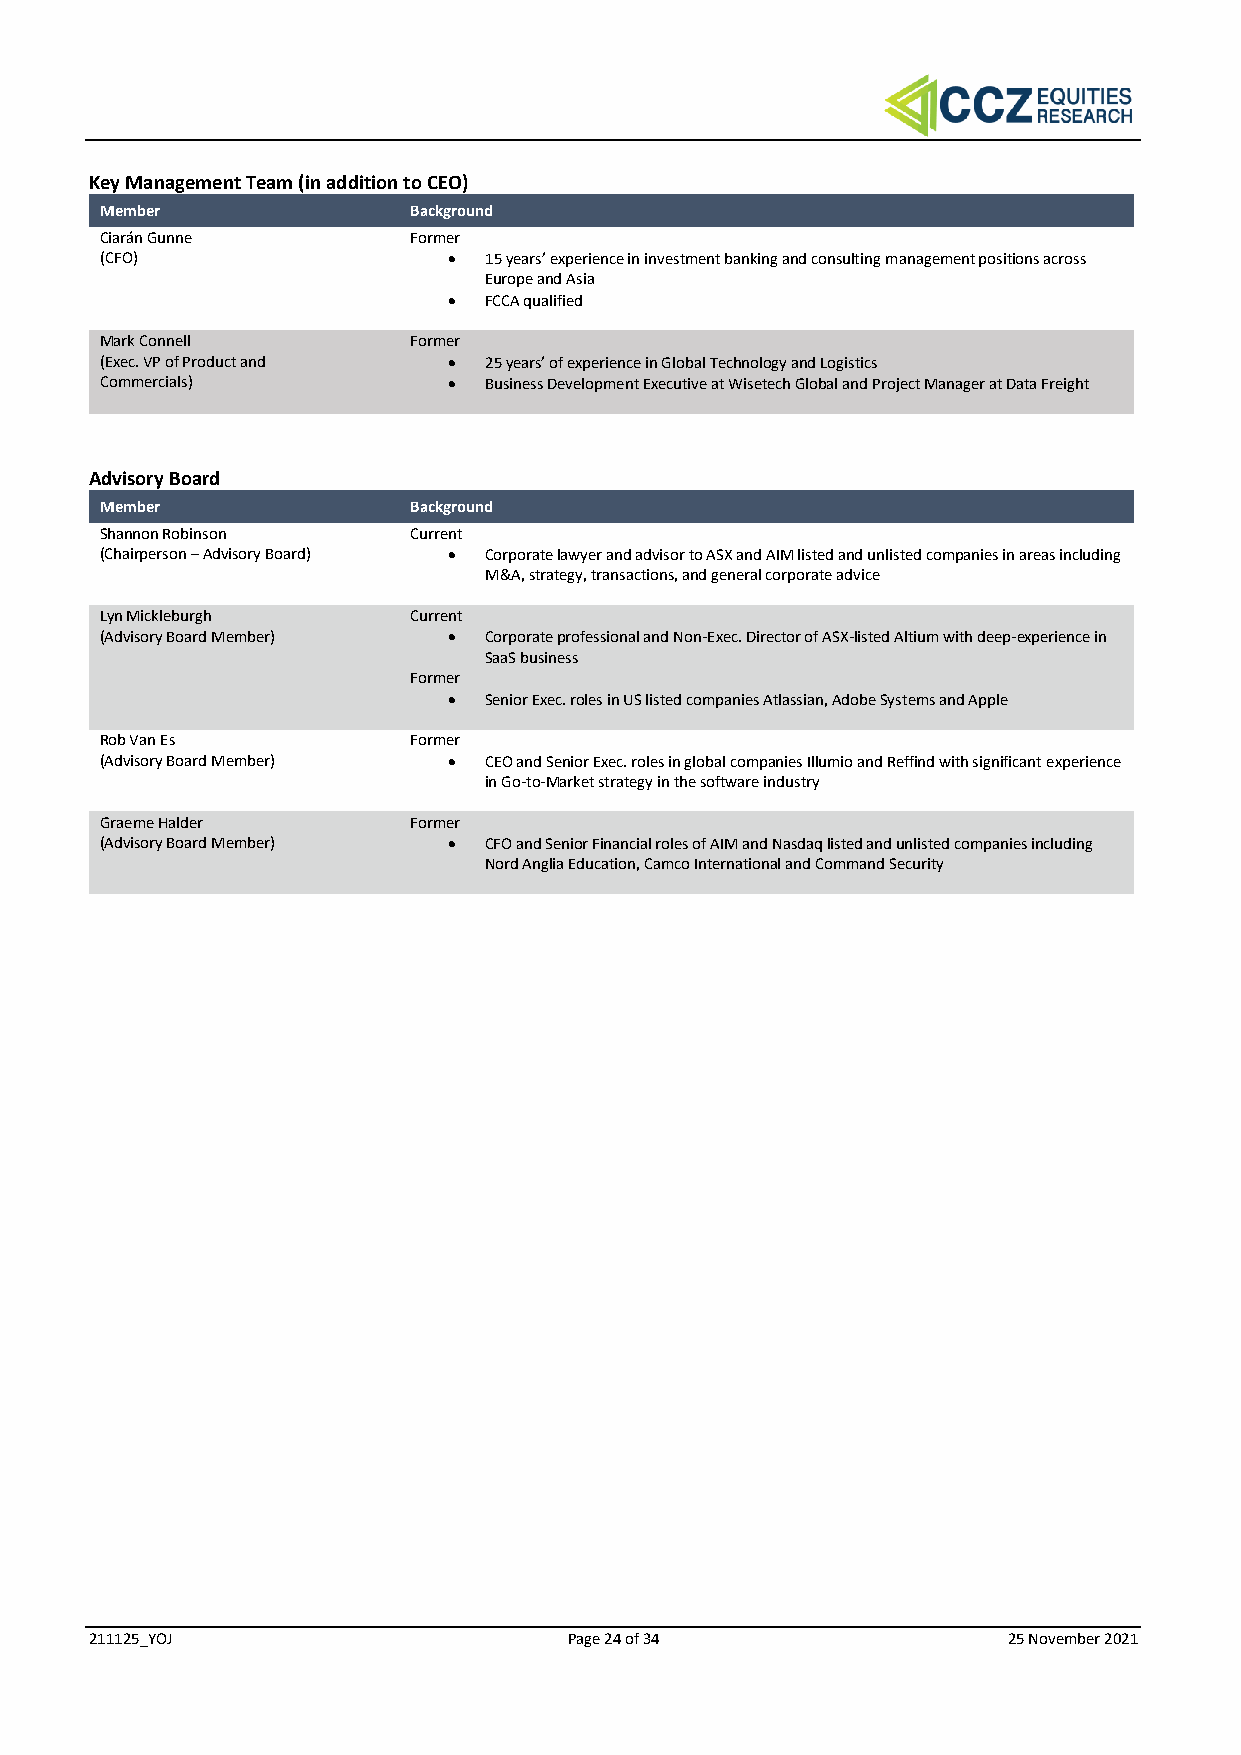
Key Management Team (in addition to CEO)
 Member              Background
 Ciarán Gunne        Former
 (CFO)                  • 15 years’ experience in investment banking and consulting management positions across
 Europe and Asia
 • FCCA qualified
 Mark Connell        Former
 (Exec. VP of Product and • 25 years’ of experience in Global Technology and Logistics
 Commercials)           • Business Development Executive at Wisetech Global and Project Manager at Data Freight
 Advisory Board
 Member              Background
 Shannon Robinson    Current
 (Chairperson – Advisory Board) • Corporate lawyer and advisor to ASX and AIM listed and unlisted companies in areas including
 M&A, strategy, transactions, and general corporate advice
 Lyn Mickleburgh     Current
 (Advisory Board Member) • Corporate professional and Non-Exec. Director of ASX-listed Altium with deep-experience in
 SaaS business
 Former
 • Senior Exec. roles in US listed companies Atlassian, Adobe Systems and Apple
 Rob Van Es          Former
 (Advisory Board Member) • CEO and Senior Exec. roles in global companies Illumio and Reffind with significant experience
 in Go-to-Market strategy in the software industry
 Graeme Halder       Former
 (Advisory Board Member) • CFO and Senior Financial roles of AIM and Nasdaq listed and unlisted companies including
 Nord Anglia Education, Camco International and Command Security
 211125_YOJ                      Page 24 of 34                25 November 2021